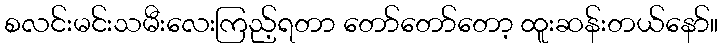
စလင်းမင်းသမီးလေးကြည့်ရတာ တော်တော်တော့ ထူးဆန်းတယ်နော်။